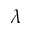
\lambda